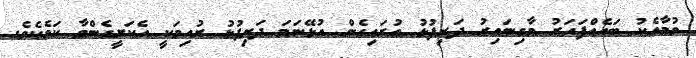
ވުމާއެކު ބައެއްފަހަރު މާގިނައިރު ދަރިފުޅު އުރައިގެން އުޅޭނަމަ ދަރިފުޅު ރުއިމަކީ އެކަށީގެންވާ ކަމެކެވެ.